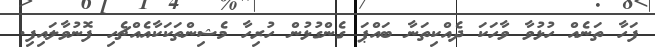
ފަހާ ތަނެއް ހުޅުވާ ވާހަކަ ދެއްކިތަނާ ބައްޕަ ގެންގުޅުން ހުރިހާ މެޝިންތަކަކާއެއްޗެހި ފޮނުވާލައިފި.